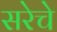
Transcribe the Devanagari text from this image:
सरेचे